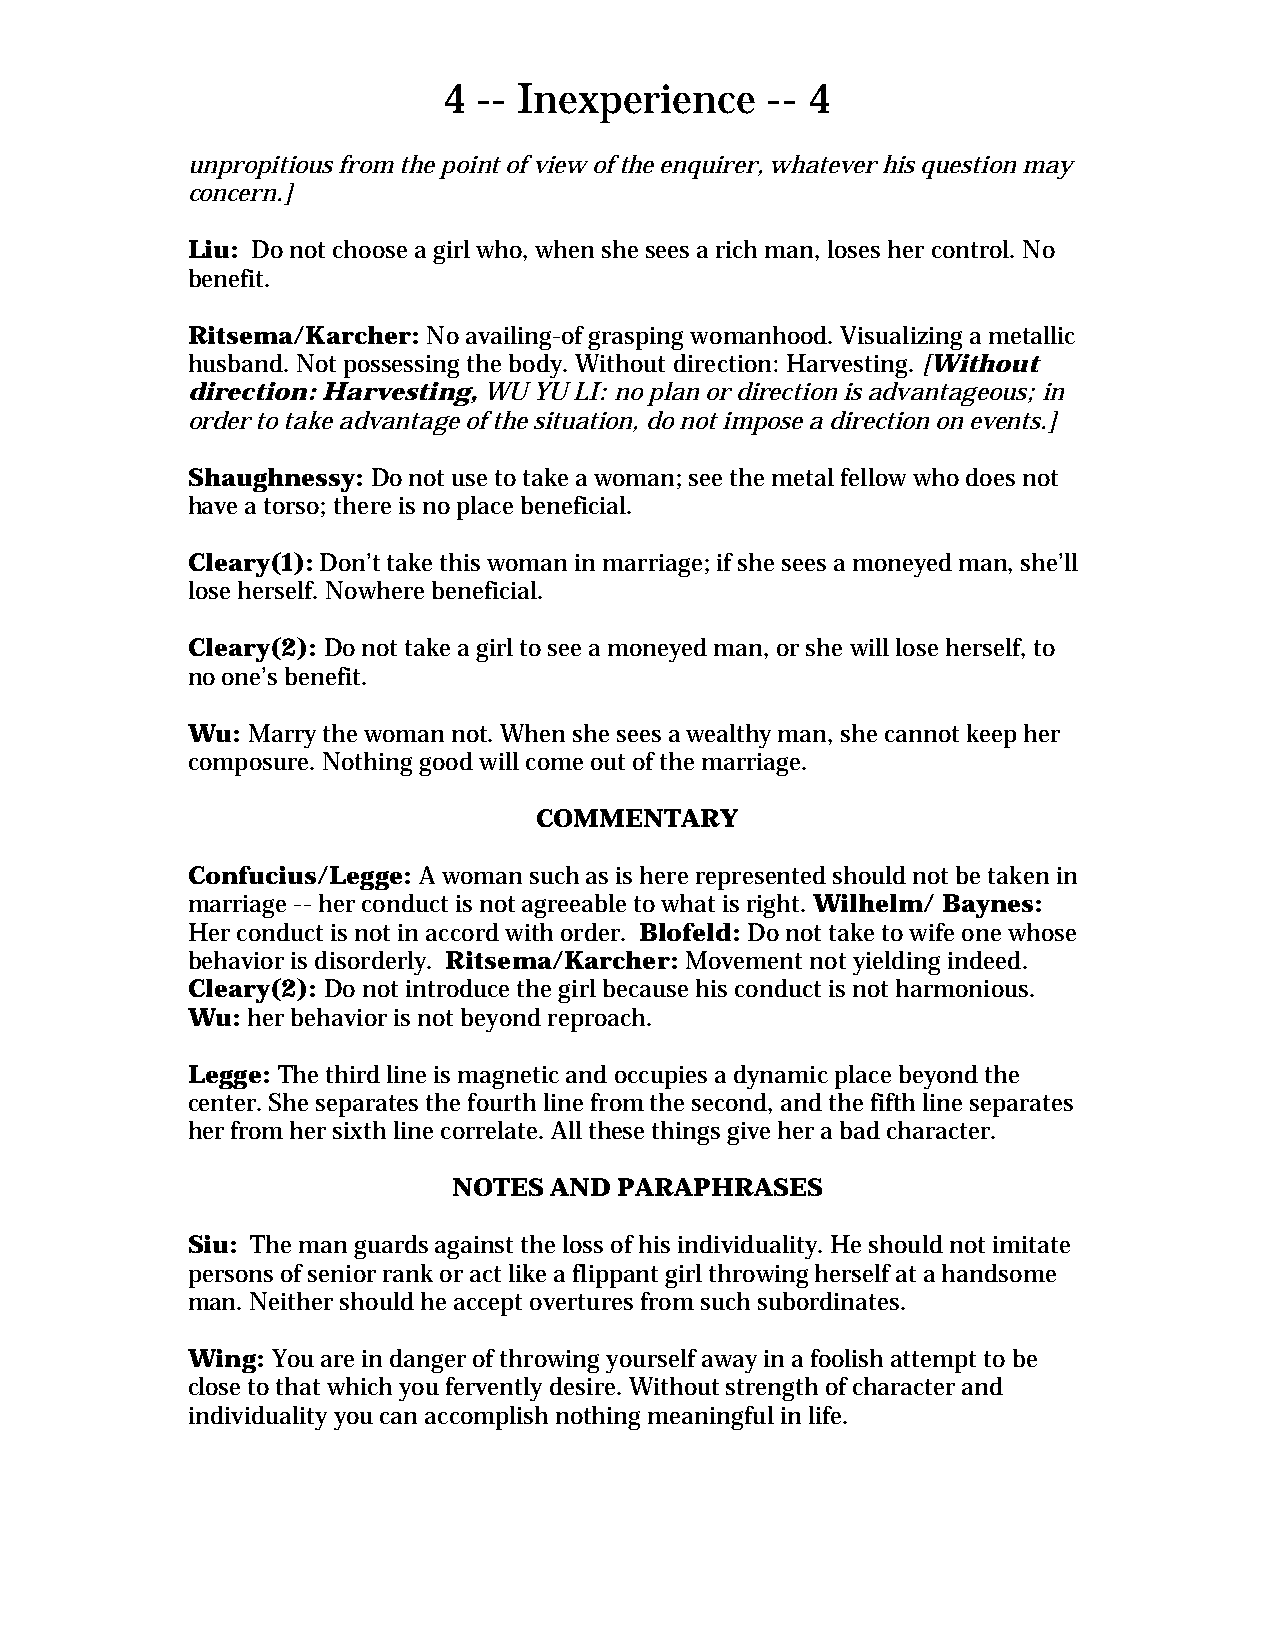
4  -- Inexperience    -- 4
 unpropitious from the point of view of the enquirer, whatever his question may
 concern.]
 Liu: Do not choose a girl who, when she sees a rich man, loses her control. No
 benefit.
 Ritsema/Karcher: No availing-of grasping womanhood. Visualizing a metallic
 husband. Not possessing the body. Without direction: Harvesting. [Without
 direction: Harvesting, WU YU LI: no plan or direction is advantageous; in
 order to take advantage of the situation, do not impose a direction on events.]
 Shaughnessy: Do not use to take a woman; see the metal fellow who does not
 have a torso; there is no place beneficial.
 Cleary(1): Don’t take this woman in marriage; if she sees a moneyed man, she’ll
 lose herself. Nowhere beneficial.
 Cleary(2): Do not take a girl to see a moneyed man, or she will lose herself, to
 no one’s benefit.
 Wu: Marry the woman not. When she sees a wealthy man, she cannot keep her
 composure. Nothing good will come out of the marriage.
 COMMENTARY
 Confucius/Legge: A woman such as is here represented should not be taken in
 marriage -- her conduct is not agreeable to what is right. Wilhelm/ Baynes:
 Her conduct is not in accord with order. Blofeld: Do not take to wife one whose
 behavior is disorderly. Ritsema/Karcher: Movement not yielding indeed.
 Cleary(2): Do not introduce the girl because his conduct is not harmonious.
 Wu: her behavior is not beyond reproach.
 Legge: The third line is magnetic and occupies a dynamic place beyond the
 center. She separates the fourth line from the second, and the fifth line separates
 her from her sixth line correlate. All these things give her a bad character.
 NOTES AND  PARAPHRASES
 Siu: The man guards against the loss of his individuality. He should not imitate
 persons of senior rank or act like a flippant girl throwing herself at a handsome
 man. Neither should he accept overtures from such subordinates.
 Wing: You are in danger of throwing yourself away in a foolish attempt to be
 close to that which you fervently desire. Without strength of character and
 individuality you can accomplish nothing meaningful in life.